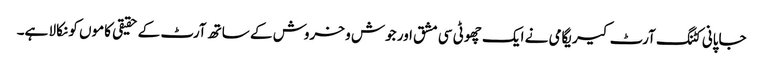
جاپانی کٹنگ آرٹ کیریگامی نے ایک چھوٹی سی مشق اور جوش و خروش کے ساتھ آرٹ کے حقیقی کاموں کو نکالا ہے۔